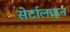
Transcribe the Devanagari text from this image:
सेर्टालाइन